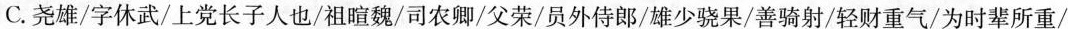
C.尧雄/字休武/上党长子人也/祖暄魏/司农卿/父荣/员外侍郎/雄少骁果/善骑射/轻财重气/为时辈所重/